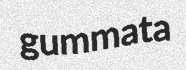
gummata